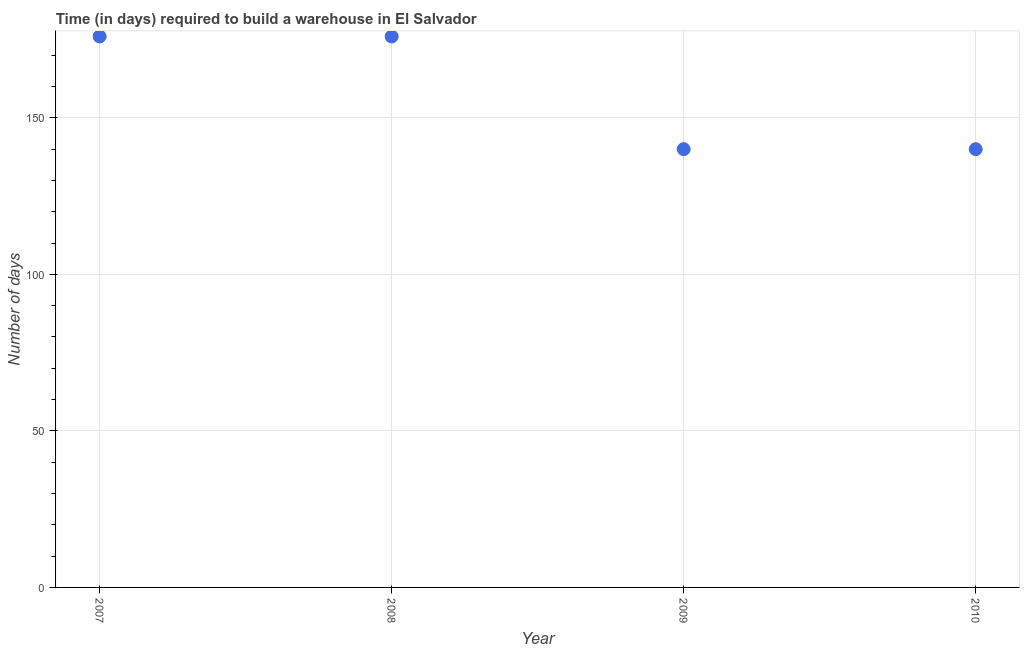
| Year | Time required to build a warehouse |
 | --- | --- |
 | 2007 | 176 |
 | 2008 | 176 |
 | 2009 | 140 |
 | 2010 | 140 |